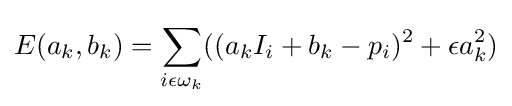
E(a_{k},b_{k})=\sum _{i{\epsilon }{\omega }_{k}}^{}((a_{k}I_{i}+b_{k}-p_{i})^{2}+{\epsilon }a_{k}^{2})